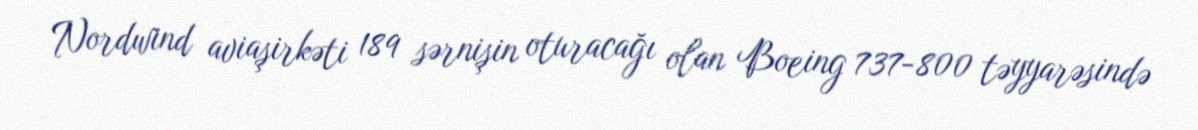
Nordwind aviaşirkəti 189 sərnişin oturacağı olan Boeing 737-800 təyyarəsində